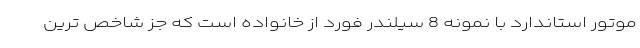
موتور استاندارد با نمونه 8 سیلندر فورد از خانواده است که جز شاخص ترین